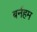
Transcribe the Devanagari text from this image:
बर्नहम